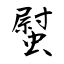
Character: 螱